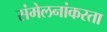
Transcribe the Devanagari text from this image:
संमेलनांकरता